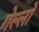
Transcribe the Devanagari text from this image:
गेल्लो